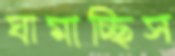
ঘামাচ্ছিস